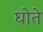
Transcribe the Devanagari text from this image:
घोते